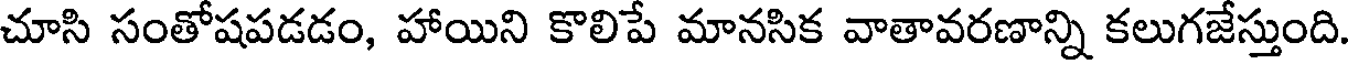
చూసి సంతోషపడడం, హాయిని కొలిపే మానసిక వాతావరణాన్ని కలుగజేస్తుంది